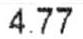
4.77